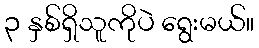
၃ နှစ်ရှိသူကိုပဲ ရွေးမယ်။